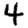
Digit: 4